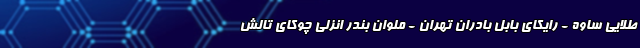
طلایی ساوه - رایکای بابل بادران تهران - ملوان بندر انزلی چوکای تالش